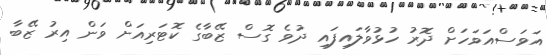
އަވަސްއަވަހަށް ދޮރު ހުޅުވާލައިފައި ދުވެ ގޮސް ޒޭބާގެ ކޮޓަރިއަށް ވަން އިރު ޒޭބާ